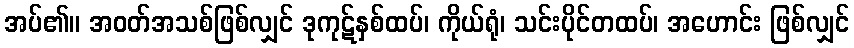
အပ်၏။ အဝတ်အသစ်ဖြစ်လျှင် ဒုကုဋ်နှစ်ထပ်၊ ကိုယ်ရုံ၊ သင်းပိုင်တထပ်၊ အဟောင်း ဖြစ်လျှင်